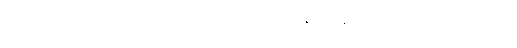
ပစ္ဆာဘတ္တံ၊ ဆွမ်းခံပြီးသည်မှ နောက်၌။ ပိဏ္ဍပါတပ္ပဋိက္ကန္တော၊ ဆွမ်းခံရွာမှ ဖဲခဲ့သည်ရှိသော်။ ယေန၊